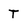
Character: T